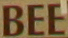
BEE